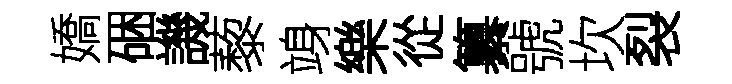
嬌硱譏藜竧樂從纂號坎裂